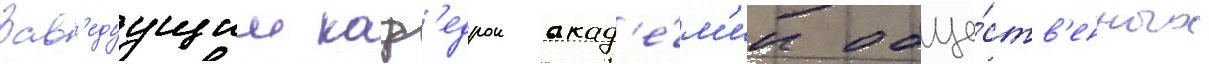
Зав'едуущии каф'едрои акад'е́м'ии обще́ств'енных